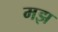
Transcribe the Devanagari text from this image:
मझ